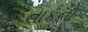
નાકનો